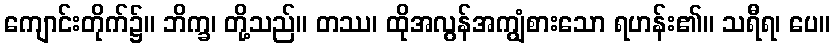
ကျောင်းတိုက်၌။ ဘိက္ခ၊ တို့သည်။ တဿ၊ ထိုအလွန်အကျွံစားသော ရဟန်း၏။ သရီရ၊ ပေ။